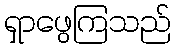
ရှာဖွေကြသည်